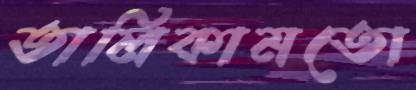
তালিকামতো